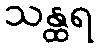
သန္ထရ